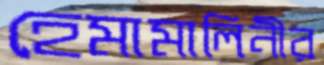
হেমামালিনীর